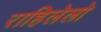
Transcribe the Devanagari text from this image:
राहिलेलो